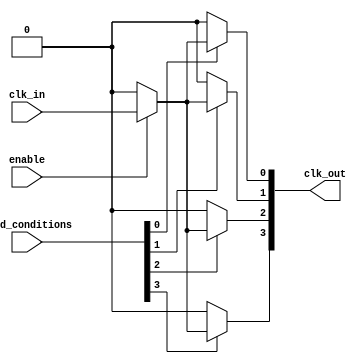
module low_power_clock_buffer #(
    parameter NUM_OUTPUTS = 4,       // Number of buffered outputs
    parameter BUFFER_STRENGTH = 2    // Adjustable drive strength (1-4)
)(
    input wire clk_in,                // Clock input
    input wire enable,                // Enable signal
    input wire [NUM_OUTPUTS-1:0] load_conditions, // Load condition signals for drive strength
    output wire [NUM_OUTPUTS-1:0] clk_out // Buffered clock outputs
);

// Internal signals
wire clk_buffered;
wire [NUM_OUTPUTS-1:0] clk_stage [0:BUFFER_STRENGTH-1];

// Clock gating for power saving
assign clk_buffered = enable ? clk_in : 1'b0;

// Multi-stage buffering implementation
genvar i, j;
generate
    // Stage 0: Direct output from input clock (first stage)
    for (i = 0; i < NUM_OUTPUTS; i = i + 1) begin : stage0
        assign clk_stage[0][i] = clk_buffered;
    end

    // Subsequent stages (Buffering with configurable strength)
    for (j = 1; j < BUFFER_STRENGTH; j = j + 1) begin : stages
        for (i = 0; i < NUM_OUTPUTS; i = i + 1) begin : stage
            // Simple buffer operation (modify as needed for actual buffer logic)
            assign clk_stage[j][i] = (load_conditions[i]) ? clk_stage[j-1][i] : 1'b0;
        end
    end

    // Final outputs
    for (i = 0; i < NUM_OUTPUTS; i = i + 1) begin : output_assign
        assign clk_out[i] = clk_stage[BUFFER_STRENGTH-1][i];
    end
endgenerate

endmodule